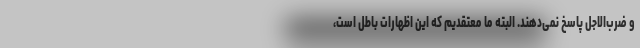
و ضرب‌الاجل پاسخ نمی‌دهند. البته ما معتقدیم که این اظهارات باطل است،